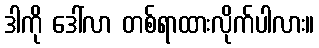
ဒါကို ဒေါ်လာ တစ်ရာထားလိုက်ပါလား။